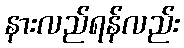
နားလည်ရန်လည်း